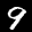
Label: 9